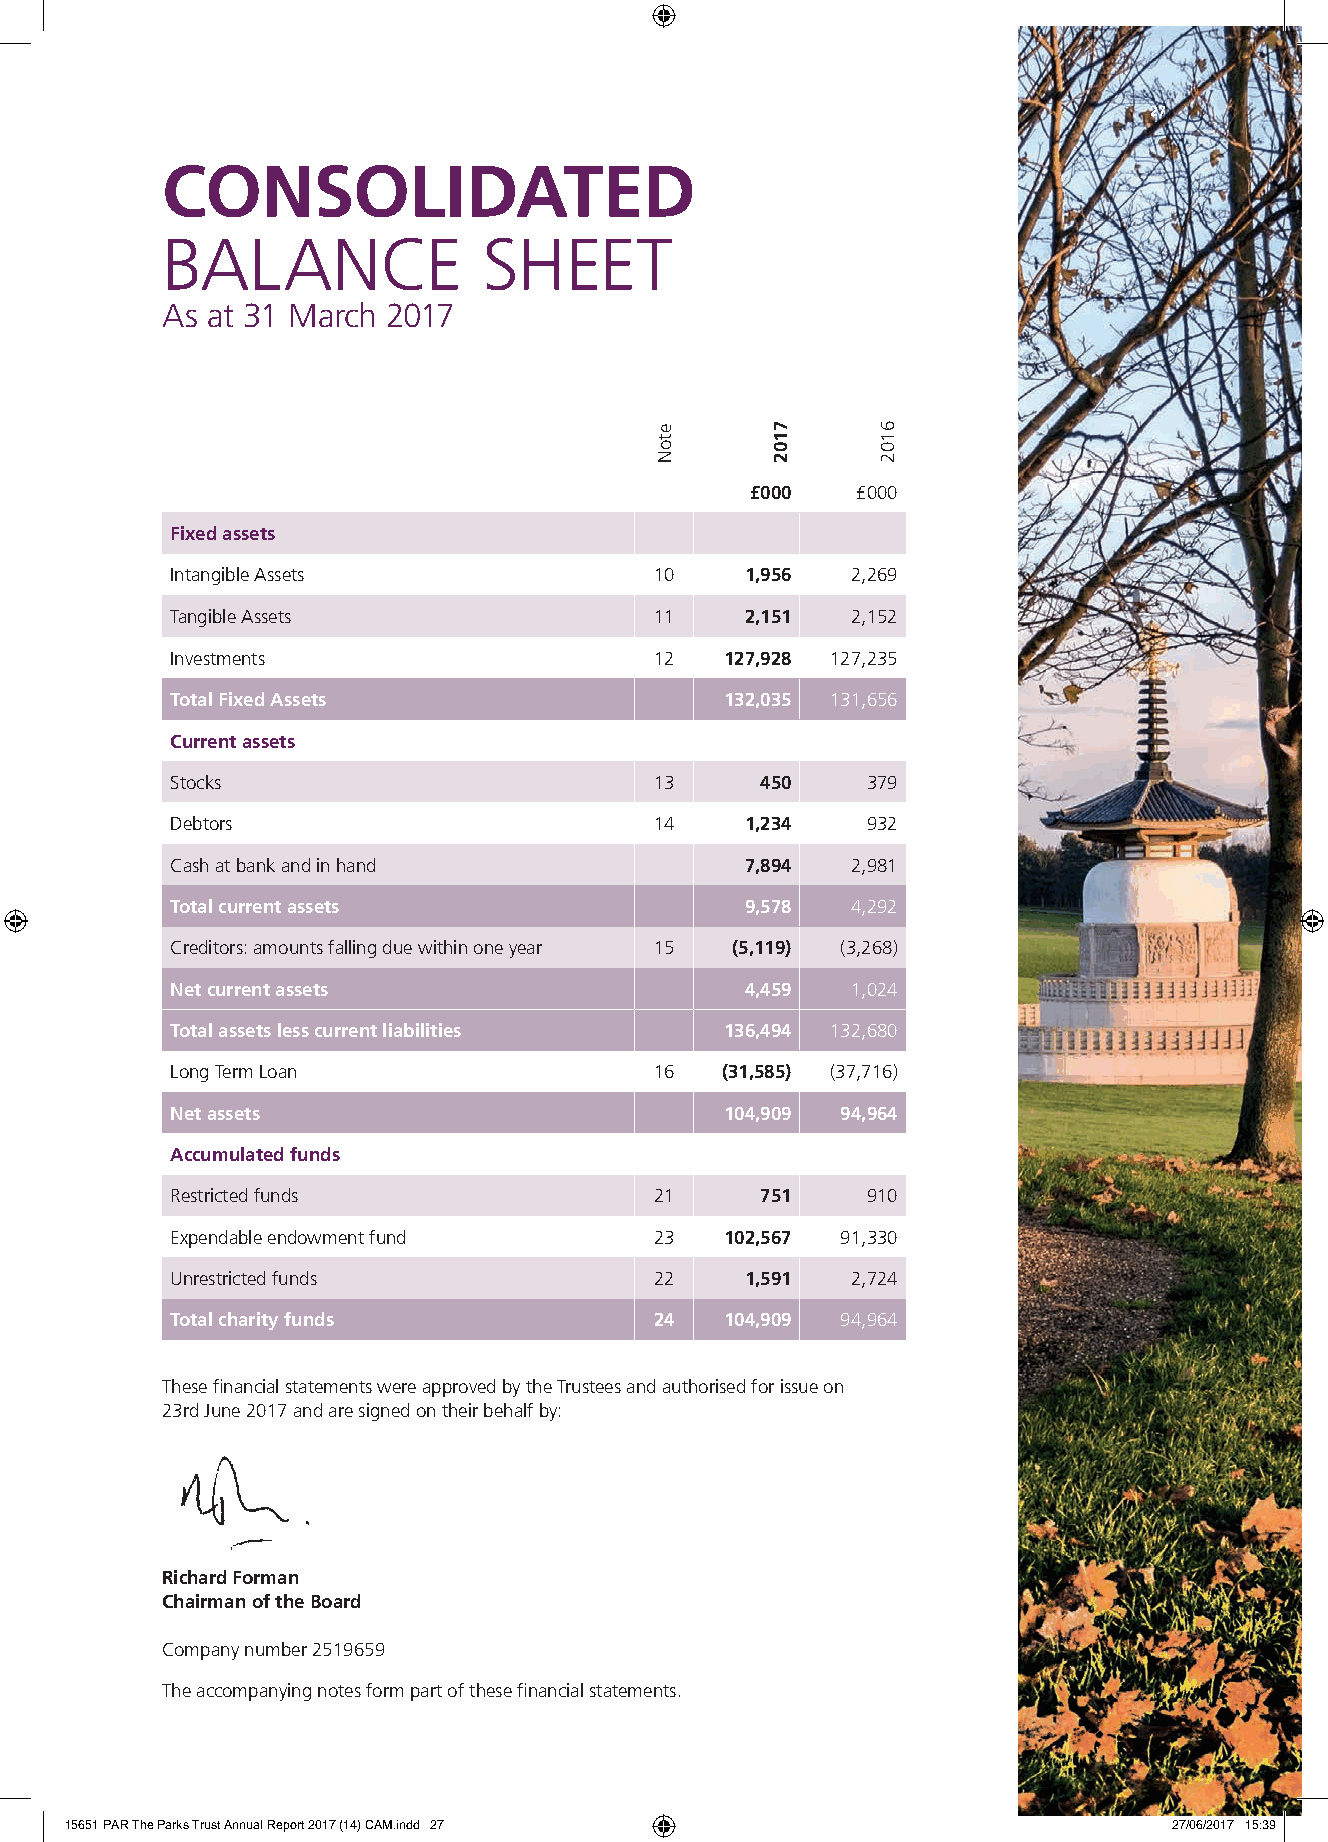
27
 CONSOLIDATED
 BALANCE              SHEET
 As at 31 March 2017
 £000   £000
 Fixed assets
 Intangible Assets               10    1,956  2,269
 Tangible Assets                 11    2,151  2,152
 Investments                     12   127,928 127,235
 Total Fixed Assets                   132,035 131,656
 Current assets
 Stocks                          13     450    379
 Debtors                         14    1,234   932
 Cash at bank and in hand              7,894  2,981
 Total current assets                  9,578  4,292
 Creditors: amounts falling due within one year 15 (5,119) (3,268)
 Net current assets                    4,459  1,024
 Total assets less current liabilities 136,494 132,680
 Long Term Loan                  16   (31,585) (37,716)
 Net assets                           104,909 94,964
 Accumulated funds
 Restricted funds                21     751    910
 Expendable endowment fund       23   102,567 91,330
 Unrestricted funds              22    1,591  2,724
 Total charity funds             24   104,909 94,964
 These fi nancial statements were approved by the Trustees and authorised for issue on
 23rd June 2017 and are signed on their behalf by:
 Richard Forman
 Chairman of the Board
 Company number 2519659
 The accompanying notes form part of these fi nancial statements.
 15651 PAR The Parks Trust Annual Report 2017 (14) CAM.indd 27             27/06/2017 15:39
 etoN    7102   6102